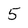
Character: 5